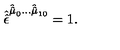
\hat { \hat { \epsilon } } ^ { \hat { \hat { \mu } } _ { 0 } \ldots \hat { \hat { \mu } } _ { 1 0 } } = 1 .